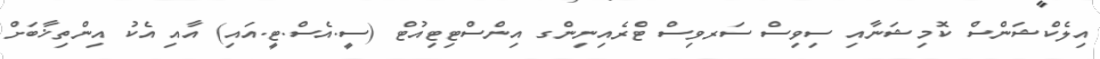
އިލެކްޝަންސް ކޮމިޝަނާއި ސިވިސް ސަރވިސް ޓްރެއިނިންގ އިންސްޓިޓިއުޓް (ސީ.އެސް.ޓީ.އައި) އާއި އެކު އިންތިޚާބަށް